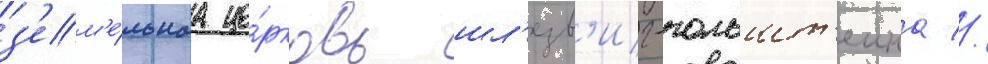
з'ем'е́льнаа це́рковь шл'езв'иг-гольшт'еина //